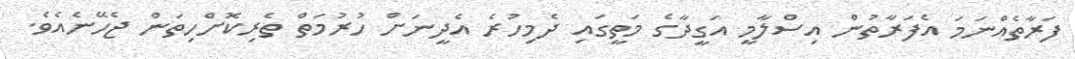
ފަރާތެއްނަމަ އެފަރާތުން އިސްލާމީ އަގީދާގެ މަތީގައި ދެމިހުރެ އެދީނަށް ހުރުމަތް ތެރިކޮށްހިތަން ޖެހޭނެއެވެ.